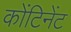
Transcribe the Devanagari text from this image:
कोंटिनेंट